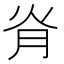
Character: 𦙊